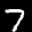
Label: 7